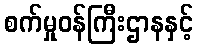
စက်မှုဝန်ကြီးဌာနနှင့်